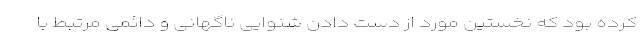
کرده بود که نخستین مورد از دست دادن شنوایی ناگهانی و دائمی مرتبط با